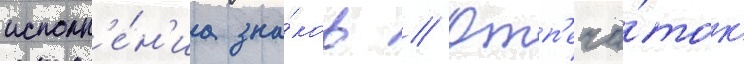
исполн'е́н'иа зна́ков // Отп'еча́ток